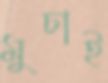
মুচাই